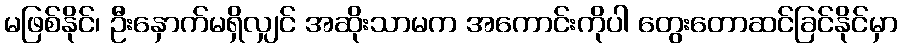
မဖြစ်နိုင်၊ ဦးနှောက်မရှိလျှင် အဆိုးသာမက အကောင်းကိုပါ တွေးတောဆင်ခြင်နိုင်မှာ